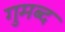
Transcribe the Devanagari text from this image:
गुमब्द